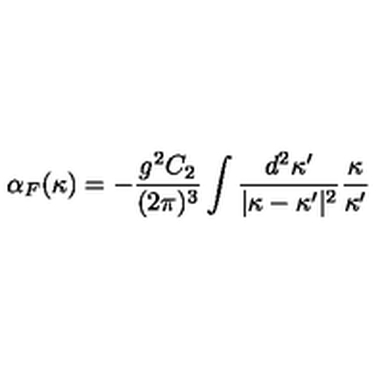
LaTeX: \alpha _ { F } ( \kappa ) = - \frac { g ^ { 2 } C _ { 2 } } { ( 2 \pi ) ^ { 3 } } \int \frac { d ^ { 2 } \kappa ^ { \prime } } { \vert \kappa - \kappa ^ { \prime } \vert ^ { 2 } } \frac { \kappa } { \kappa ^ { \prime } }